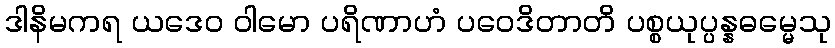
ဒါနိမကရ ယဒေဝ ဝါမော ပရိဏာဟံ ပဝေဒိတာတိ ပစ္စယုပ္ပန္နဓမ္မေသု